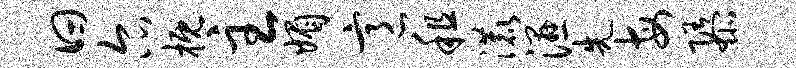
曰尔概主媚意租漉湿先每隳